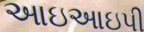
આઇઆઇપી